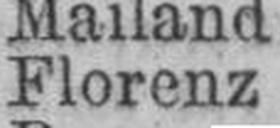
Florenz